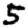
Digit: 5